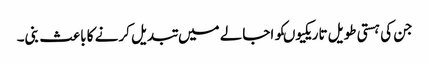
جن کی ہستی طویل تاریکیوںکو اجالے میں تبدیل کرنے کا باعث بنی۔